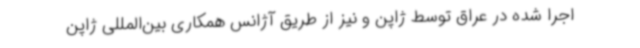
اجرا شده در عراق توسط ژاپن و نیز از طریق آژانس همکاری بین‌المللی ژاپن